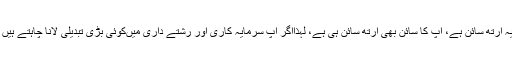
چار بڑے ستارے برج جدی میں ہیں،یہ ارتھ سائن ہے، آپ کا سائن بھی ارتھ سائن ہی ہے، لہٰذااگر آپ سرمایہ کاری اور رشتے داری میںکوئی بڑی تبدیلی لانا چاہتے ہیں تو اللہ کی رحمت سے ایسا ممکن ہے۔